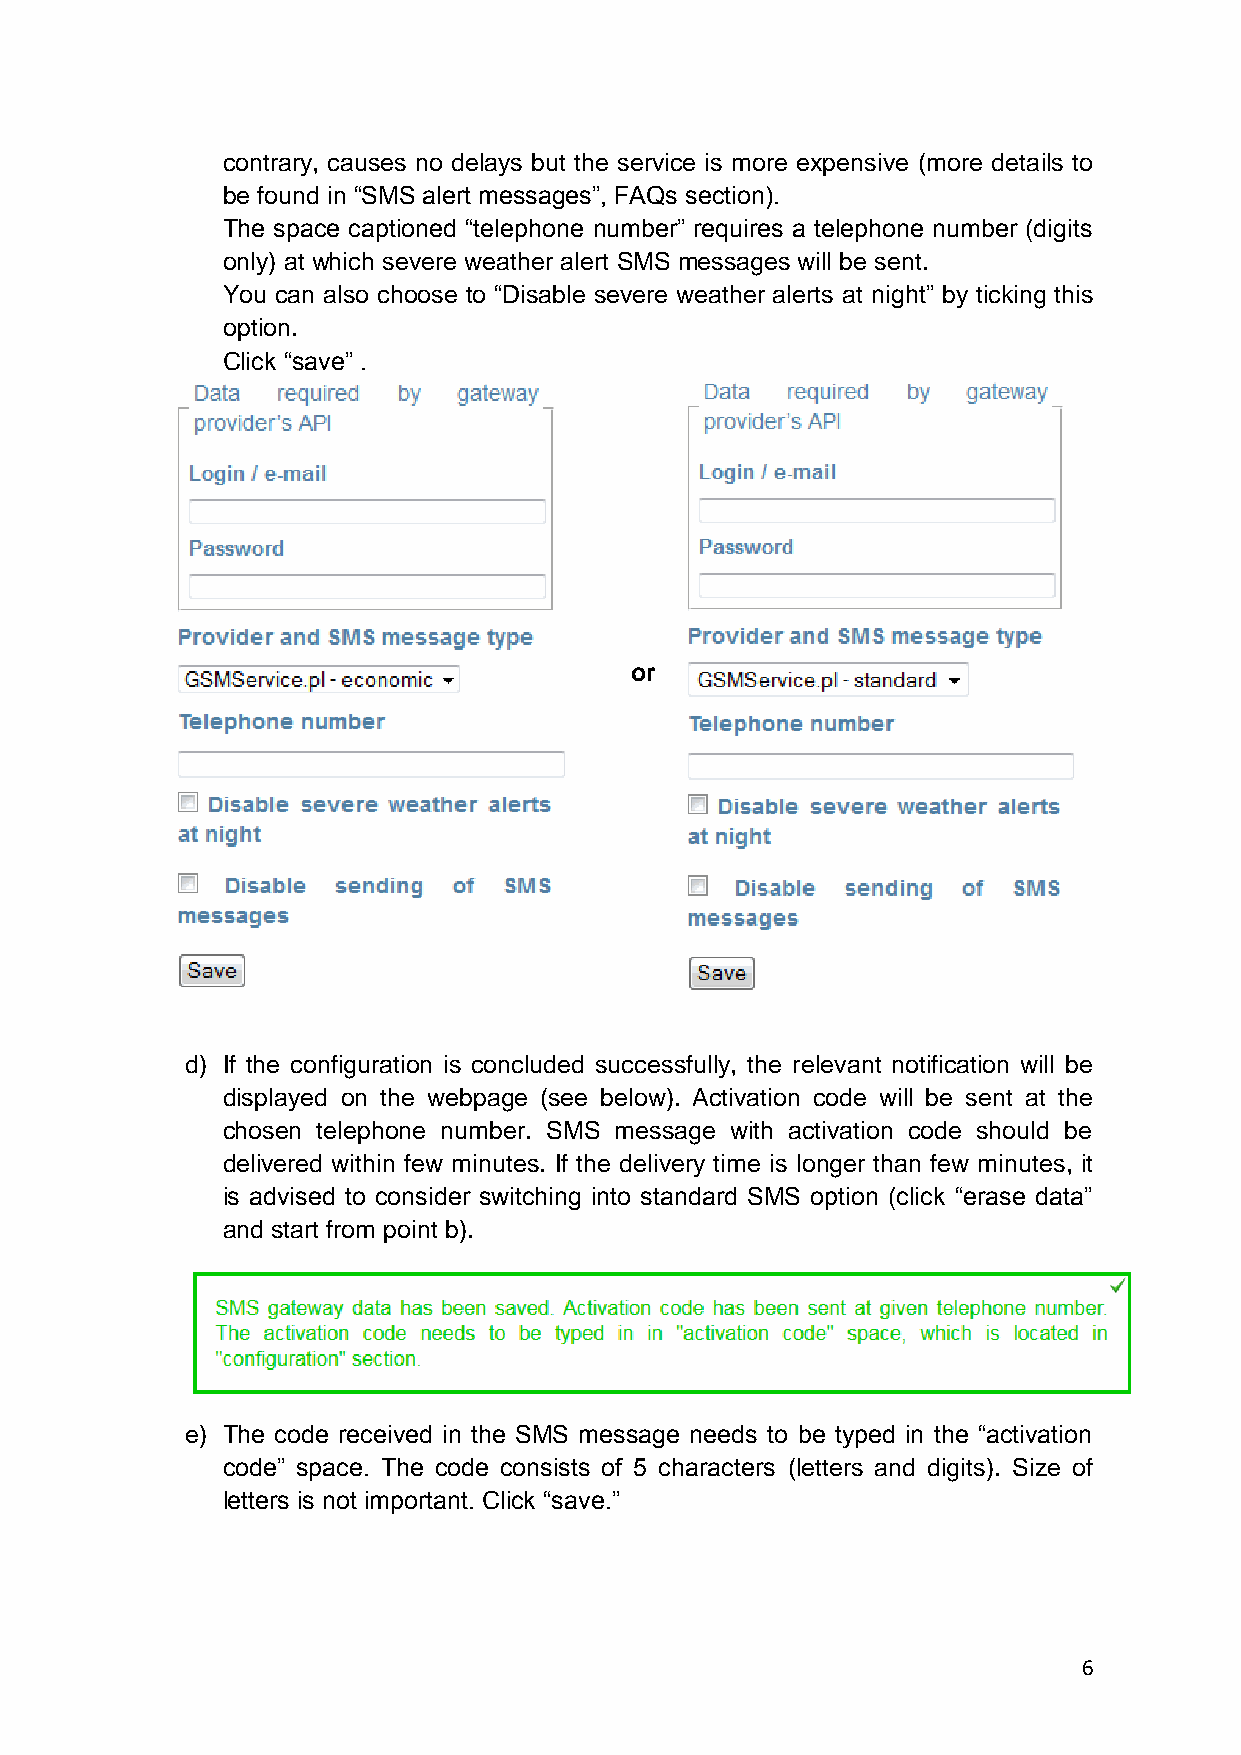
contrary, causes no delays but the service is more expensive (more details to
 be found in “SMS alert messages”, FAQs section).
 The space captioned “telephone number” requires a telephone number (digits
 only) at which severe weather alert SMS messages will be sent.
 You can also choose to “Disable severe weather alerts at night” by ticking this
 option.
 Click “save” .
 or
 d) If the configuration is concluded successfully, the relevant notification will be
 displayed on the webpage (see below). Activation code will be sent at the
 chosen telephone number. SMS message with activation code should be
 delivered within few minutes. If the delivery time is longer than few minutes, it
 is advised to consider switching into standard SMS option (click “erase data”
 and start from point b).
 e) The code received in the SMS message needs to be typed in the “activation
 code” space. The code consists of 5 characters (letters and digits). Size of
 letters is not important. Click “save.”
 6